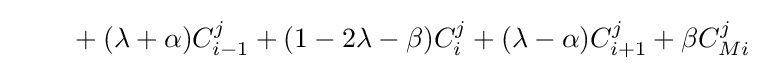
\qquad {}+(\lambda +\alpha )C_{i-1}^{j}+(1-2\lambda -\beta )C_{i}^{j}+(\lambda -\alpha )C_{i+1}^{j}+\beta C_{Mi}^{j}